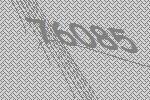
76085